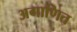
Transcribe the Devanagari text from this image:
अगाणित